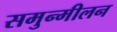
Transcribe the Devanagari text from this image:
समुन्मीलन